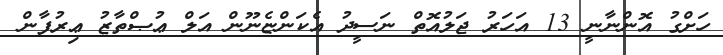
ހަށްގު އޮންނާނީ 13 އަހަރު ޖަލުއޮތް ނަސީދު އެކަންޏެނޫން އަލް ޢުޞްތާޒު ޢިރުފާން